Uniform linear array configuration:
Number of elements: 32
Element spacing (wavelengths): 0.25
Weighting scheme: blackman
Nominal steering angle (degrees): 0
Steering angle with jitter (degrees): -0.3437
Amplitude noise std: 0.05
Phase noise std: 0.05

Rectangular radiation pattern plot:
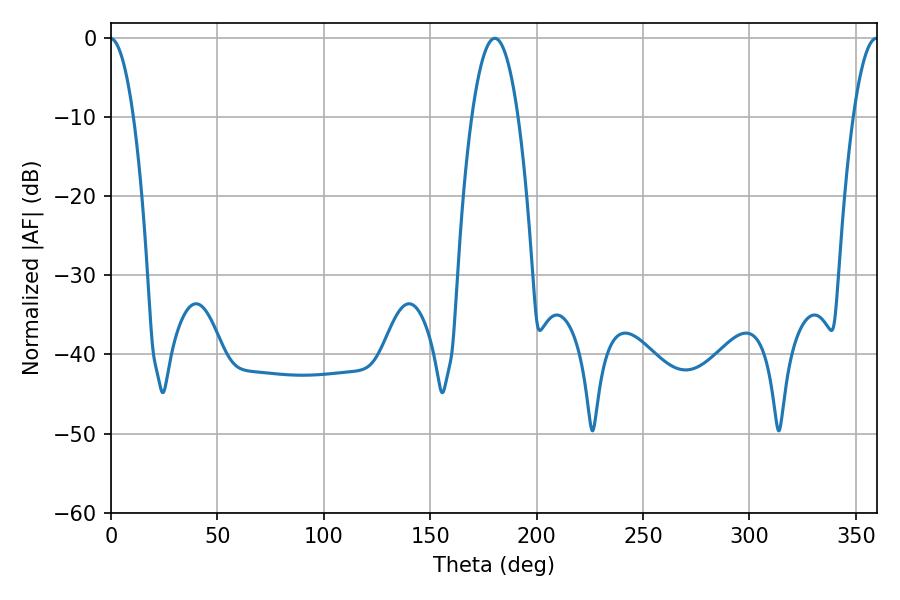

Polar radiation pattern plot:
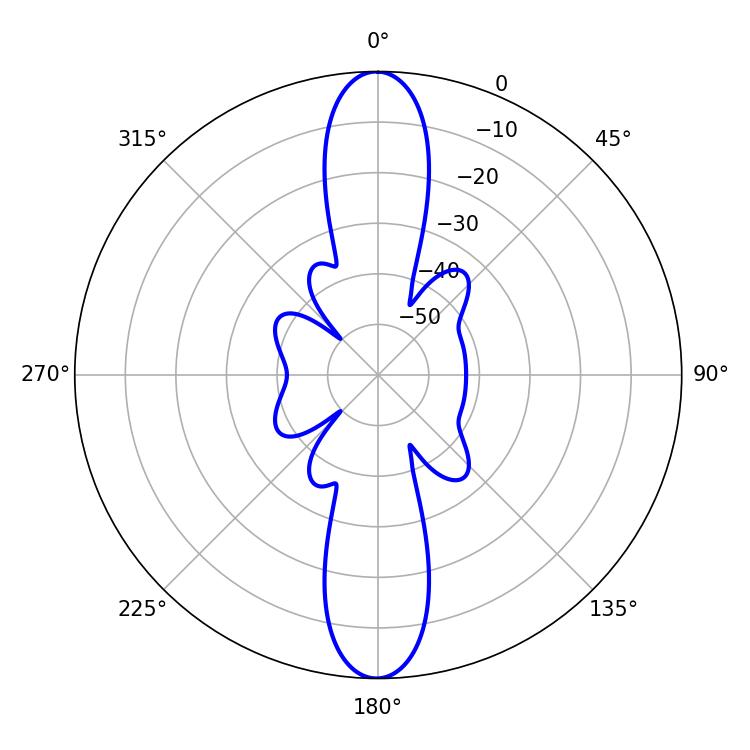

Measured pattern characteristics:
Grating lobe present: FALSE
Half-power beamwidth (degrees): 11.88
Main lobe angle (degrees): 180.36